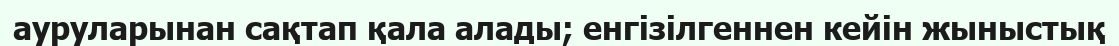
ауруларынан сақтап қала алады; енгізілгеннен кейін жыныстық